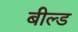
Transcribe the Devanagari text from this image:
बील्ड